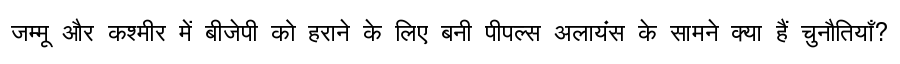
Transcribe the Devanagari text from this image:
जम्मू और कश्मीर में बीजेपी को हराने के लिए बनी पीपल्स अलायंस के सामने क्या हैं चुनौतियाँ?